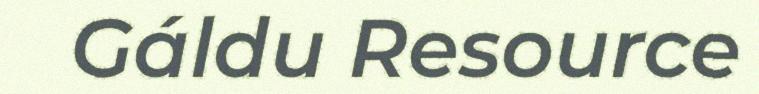
Gáldu Resource